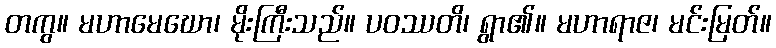
တကွ။ မဟာမေဃော၊ မိုးကြီးသည်။ ပဝဿတိ၊ ရွာ၏။ မဟာရာဇ၊ မင်းမြတ်။